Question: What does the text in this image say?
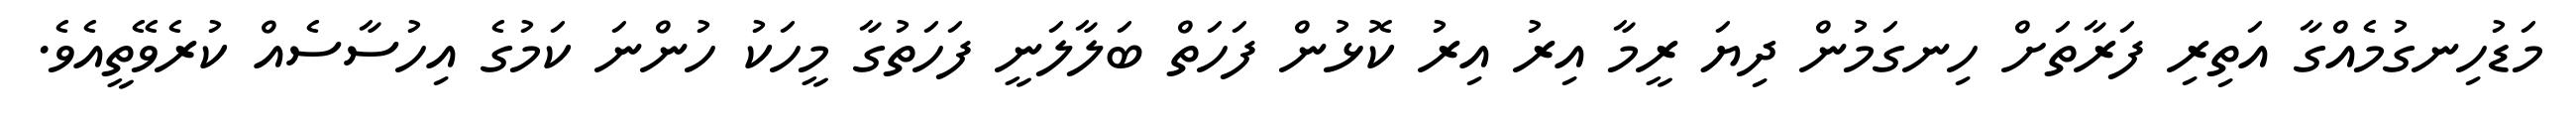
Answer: މަޑުހިނގުމެއްގާ އަތިރި ފަރާތަށް ހިނގަމުން ދިޔަ ރީމާ އިރު އިރު ކޮޅުން ފަހަތް ބަލާލަނީ ފަހަތުގާ މީހަކު ހުންނަ ކަމުގެ އިހުސާސެއް ކުރެވޭތީއެވެ.